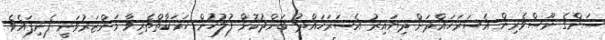
ސަންގެ ނޫސްވެރިން އެސަރަހައްދަށް ދިޔައިރު އެސަރަހައްދު ބަންދުކޮށް ފުލުހުން ހަރަކާތްތެރިވާ މަންޒަރުވަނީ ފެނިފައެވެ.